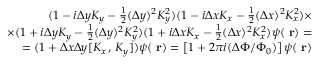
\begin{array} { r l r } & { } & { ( 1 - i \Delta y K _ { y } - \frac { 1 } { 2 } ( \Delta y ) ^ { 2 } K _ { y } ^ { 2 } ) ( 1 - i \Delta x K _ { x } - \frac { 1 } { 2 } ( \Delta x ) ^ { 2 } K _ { x } ^ { 2 } ) \times } \\ & { } & { \times ( 1 + i \Delta y K _ { y } - \frac { 1 } { 2 } ( \Delta y ) ^ { 2 } K _ { y } ^ { 2 } ) ( 1 + i \Delta x K _ { x } - \frac { 1 } { 2 } ( \Delta x ) ^ { 2 } K _ { x } ^ { 2 } ) \psi ( \mathrm { \bf ~ r } ) = } \\ & { } & { = ( 1 + \Delta x \Delta y [ K _ { x } \, , \, K _ { y } ] ) \psi ( \mathrm { \bf ~ r } ) = \left[ 1 + 2 \pi i ( \Delta \Phi / \Phi _ { 0 } ) \right] \psi ( \mathrm { \bf ~ r } ) } \end{array}